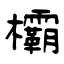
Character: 欛